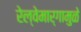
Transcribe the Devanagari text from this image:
रेल्वेमार्गामुळे